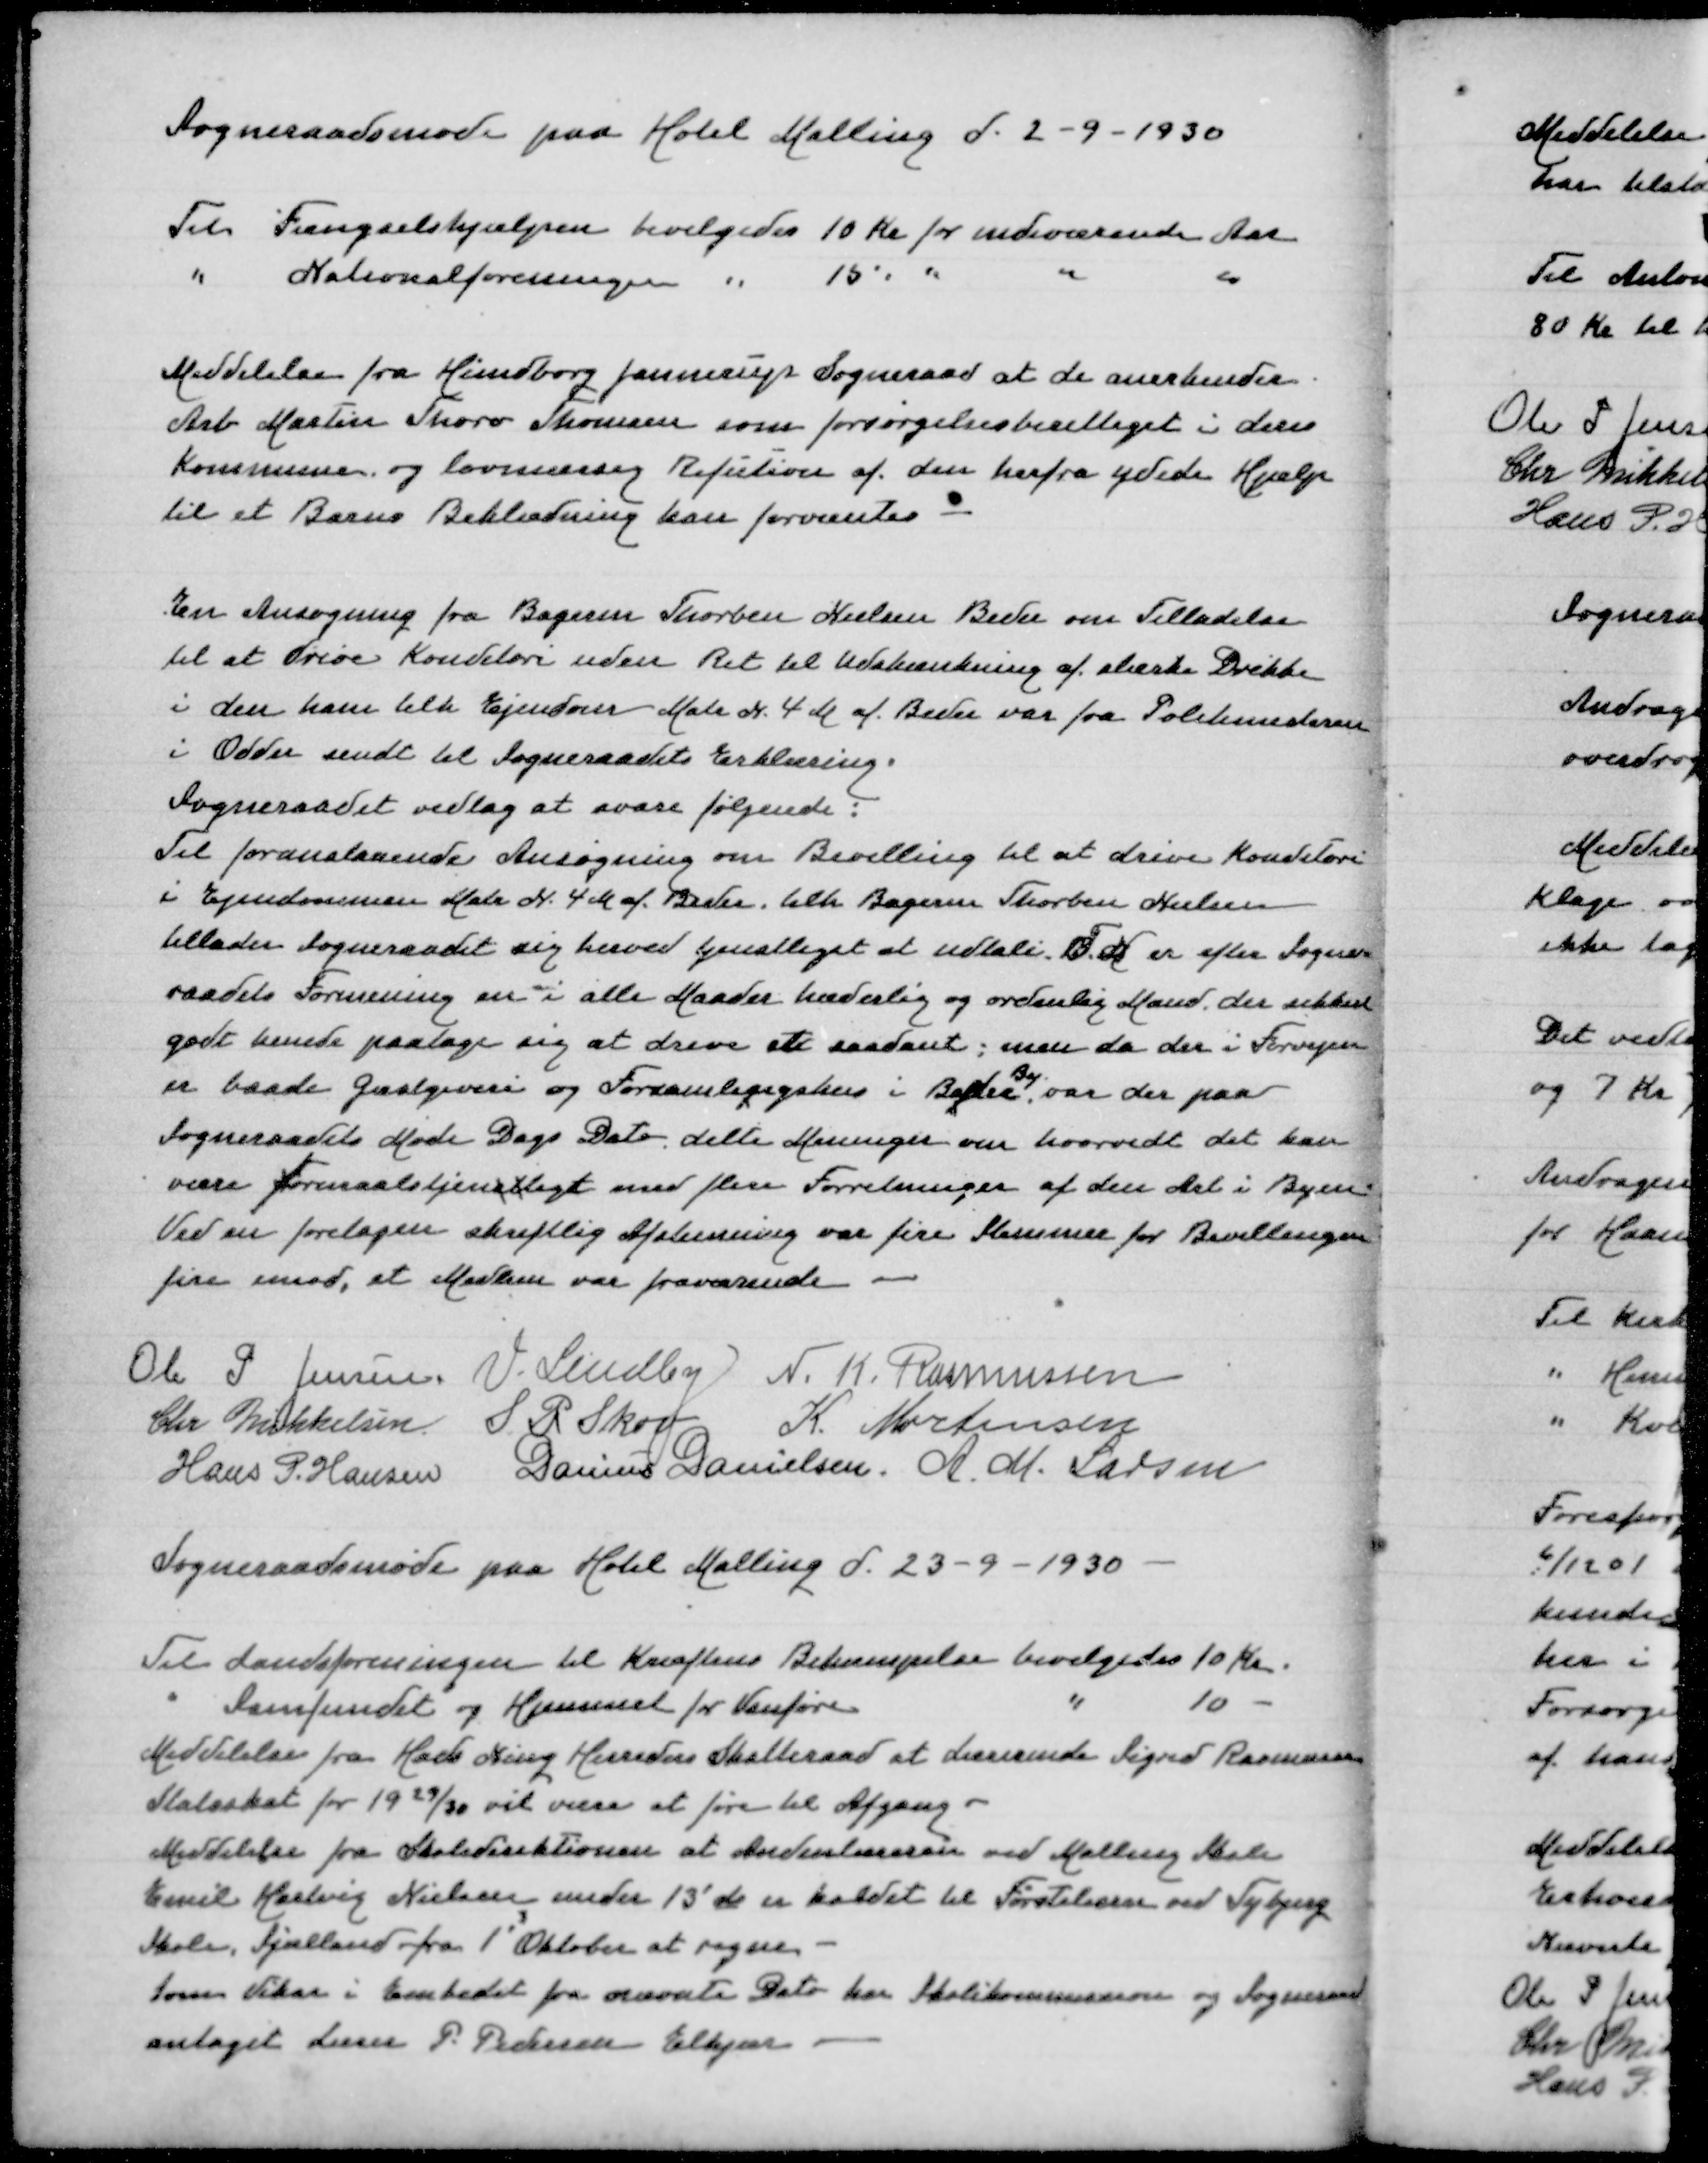
Transskription:
Sogneraadsmøde paa Hotel Mallingd 2-9-1930

Til Fængselshjælpen bevilgedes 10 Kr for indeværende Aar
" Nationalforeningen " 15 " " " "

Meddelelse fra Hundborg Jannerup Sogneraad at de anerkender
Arb Martin Thorø Thomsen som forsørgelsesberettiget i deres
Kommune og lovmæssig Refusion af den herfra ydede Hjælp
til et Barns Beklædning kan forventes

En Ansøgning fra Bagerm Thorben Nielsen Beder om Tilladelse
til at drive Konditori uden Ret til Udskænkning af stærke Drikke
i den ham tilh Ejendom Matr N 4M af Beder var fra Politimesteren
i Odder sendt til Sogneraadets Erklæring
Sogneraadet vedtog at svare følgende:
Til foranstaaende Ansøgning om Bevilling til at drive Konditori
i Ejendommen Matr N 4M af Beder tilh Bagerm Thorben Nielsen
tillader Sogneraadet sig herved tjenstligt at udtale T N er efter Sogne=
raadets Formening en i alle Maader hæderlig og ordentlig Mand der sikkert
godt kunde paatage sig at drive et saadant; men da der i forvejen
By
er baade Gæstgiveri og Forsamlingshus i Beder var der paa
Sogneraadets Møde Dags Dato delte Meninger om hvorvidt det kan
være Formaalstjenstligt med flere Forretninger af den Art i Byen
Ved en foretagen skriftlig Afstemning var fire Stemmer for Bevillingen
fire imod, et Medlem var fraværende

Ole P Jensen
V Lindby
N K Rasmussen
Chr Mikkelsen
S P skov
K Mortensen
Hans P Hansen
Danius Danielsen
A M Larsen

Sogneraadsmøde paa Hotel Malling d 23-9-1930

Til Landsforeningen til Kræftens Bekæmpelse bevilgedes 10 Kr
" Samfundet og Hjemmet for Vanføre " 10 -
Meddelelse fra Hads Ning Herreders Skatteraad at Lærerinde Sigrid Rasmussens
Statsskat for 1929/30 vil være at føre til Afgang-
Meddelelse fra Skoledirektioen at Andenlæreren ved Malling Skole
Emil Hartvig Nielsen under 13' ds er kaldet til Førstelærer ved Tybjerg
Skole, Sjælland fra 1' Oktober at regne
Som Vikar i Embedet fra nævnte Dato har Skolekommissionen og Sogneraad
antaget Lærer P Pedersen Elkjær